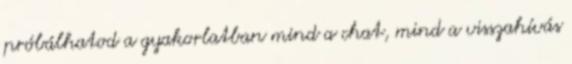
próbálhatod a gyakorlatban mind a chat, mind a visszahívás